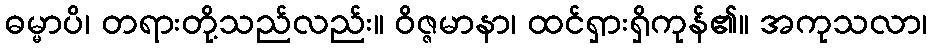
ဓမ္မာပိ၊ တရားတို့သည်လည်း။ ဝိဇ္ဇမာနာ၊ ထင်ရှားရှိကုန်၏။ အကုသလာ၊